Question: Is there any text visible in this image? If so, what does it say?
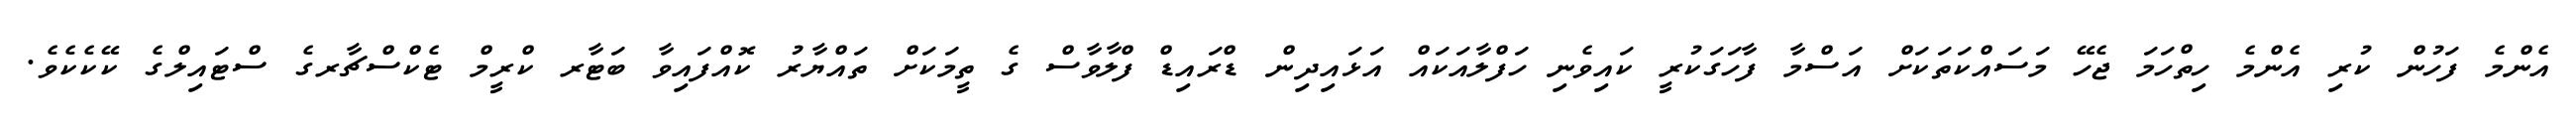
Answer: އެންމެ ފަހުން ކުރި އެންމެ ހިތްހަމަ ޖެހޭ މަސައްކަތަކަށް އަސްމާ ފާހަގަކުރީ ކައިވެނި ހަފްލާއަކައް އަޅައިދިން ޑްރައިޑް ފްލާވާސް ގެ ތީމަކަށް ތައްޔާރު ކޮއްފައިވާ ބަޓާރ ކްރީމް ޓެކްސްޗާރގެ ސްޓައިލްގެ ކޭކެކެވެ.